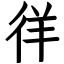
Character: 徉